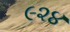
૯૨૪